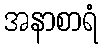
အနာစာရံ